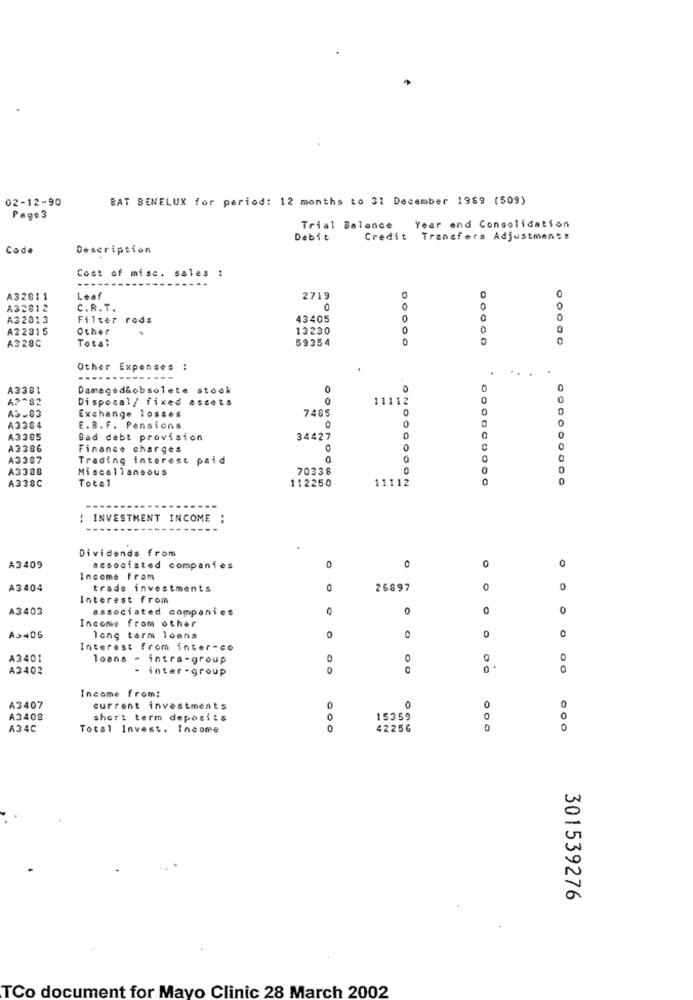
02-12-90
BAT BENELUX for period: 12 months to 31 December 1989 (509)
Page 3
Trial Balance Year and Consolidation
Debit
Credit Transfers Adjustments
Cod.
Description
Cost of mise. sales :
A32811
Leaf
2719
A32812
C.R. T.
0
0
0
A32813
Filter rods
43405
0
0
A22315
Other
13230
0
0
0
A328C
Total
59354
0
Other Expenses :
..
A3381
Damaged&obsolete stock
0
0
Disposal/ fixed assets
0
11112
Exchange losses
7485
0
A3.83
A3384
E.B.F. Pensions
0
A3365
Bad debt provision
34427
0
A3386
Finance charges
A3387
Trading interest paid
0
A3308
Miscellaneous
70338
0
0
A338C
Total
112250
11112
0
0
: INVESTMENT INCOME :
Dividends from
A3409
associated companies
0
O
Income From
A3404
trade investments
26897
0
0
Interest from
A3403
associated companies
0
0
0
0
Income from other
0
A>406
long term loons
0
0
Interest from inter-co
A3401
loans - intra-group
0
0
0
A3402
inter- group
0
Income From:
A3407
current investments
0
O
0
0
A3408
short term deposits
0
15359
0
0
A34C
Total Invest. Income
0
42256
0
301539276
TCo document for Mayo Clinic 28 March 2002